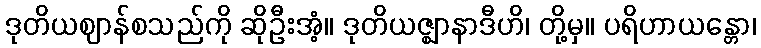
ဒုတိယဈာန်စသည်ကို ဆိုဦးအံ့။ ဒုတိယဇ္ဈာနာဒီဟိ၊ တို့မှ။ ပရိဟာယန္တော၊